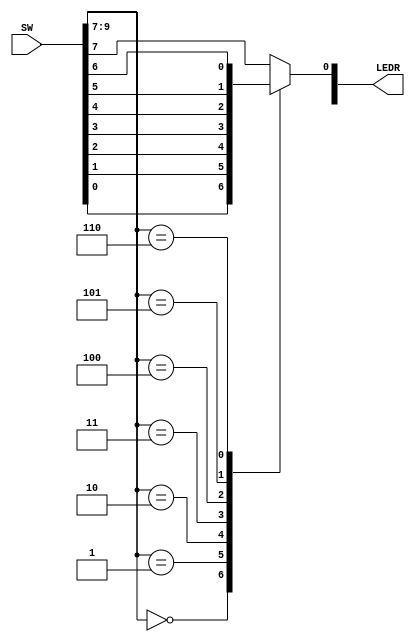
module mux7to1(SW, LEDR);
	input [9:0] SW;
	output [1:0]LEDR;
	reg m;
	
	always @(*)
	begin
		case(SW[9:7])
			3'b000: m = SW[0];
			3'b001: m = SW[1];
			3'b010: m = SW[2];
			3'b011: m = SW[3];
			3'b100: m = SW[4];
			3'b101: m = SW[5];
			3'b110: m = SW[6];
			default: m = SW[7];
		endcase
	end
	assign LEDR[0]= m;
	
endmodule